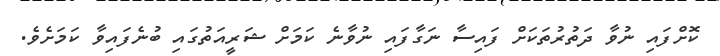
ކޮށްފައި ނުވާ ދަތުރުތަކަށް ފައިސާ ނަގާފައި ނުވާނެ ކަމަށް ޝަރީއަތުގައި ބުނެފައިވާ ކަމަށެވެ.